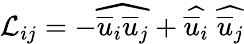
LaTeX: \mathcal{L}_{ij}=-\widehat{{\overline{{{u}}}_{i}\overline{{{u}}}_{j}}}+\widehat{{\overline{{{u}}}_{i}}}\; \widehat{{\overline{{{u}}}_{j}}}